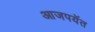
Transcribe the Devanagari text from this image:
आजपयॅत